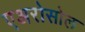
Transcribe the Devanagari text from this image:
एअरोसोल